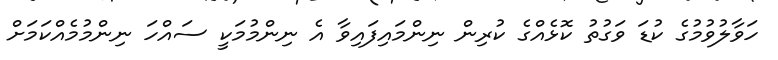
ހަވާލުވުމުގެ ކުޑަ ވަގުތު ކޮޅެއްގެ ކުރިން ނިންމައިފައިވާ އެ ނިންމުމަކީ ސައްހަ ނިންމުމެއްކަމަށް